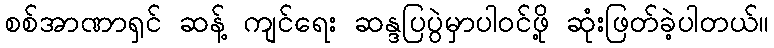
စစ်အာဏာရှင် ဆန့် ကျင်ရေး ဆန္ဒပြပွဲမှာပါဝင်ဖို့ ဆုံးဖြတ်ခဲ့ပါတယ်။